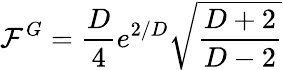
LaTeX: \mathcal{F}^{G}=\frac{D}{4}e^{2/D}\sqrt{\frac{D+2}{D-2}}